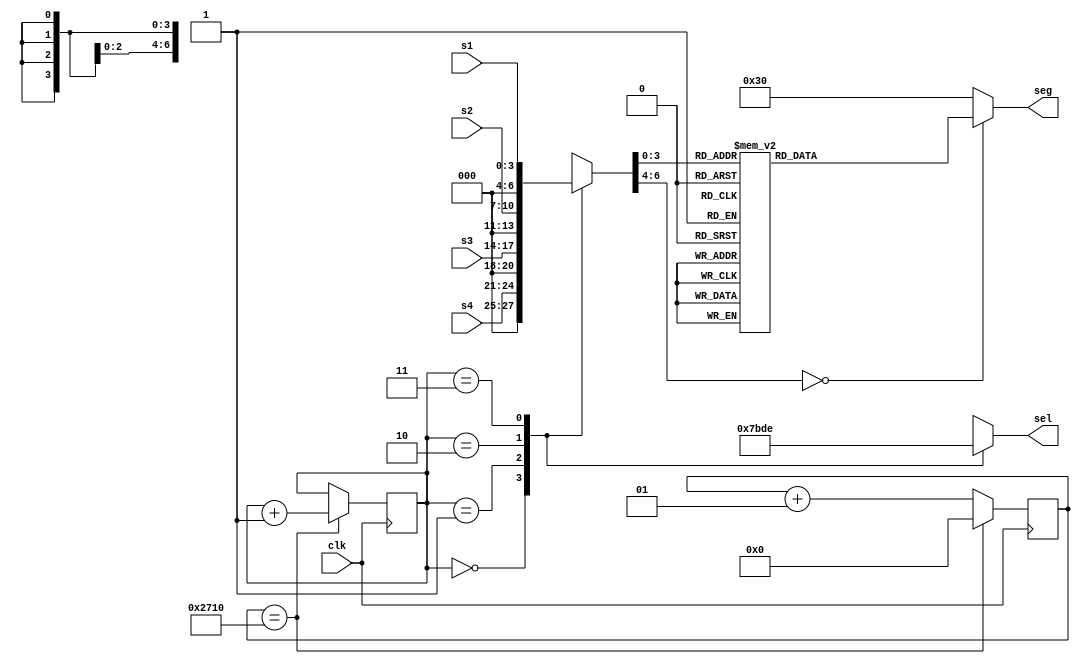


module segshow(clk, sel, seg,s4,s3,s2,s1);  
input clk;  
input [3:0] s4;
input [3:0] s3;
input [3:0] s2;
input [3:0] s1;
output reg [3:0] sel;  
output reg [6:0] seg;   //a~g,dp  
  
//:50Hz  
parameter update_interval = 10000;  
  
reg [7:0] dat;  
  
reg [1:0] cursel;  
integer selcnt;  
  
//  
always @(posedge clk)  
begin  
    selcnt <= selcnt + 1;  
          
    if (selcnt == update_interval)  
    begin  
        selcnt <= 0;  
        cursel <= cursel + 1;  
    end  
end  
  
//  
always @(*)  
begin  
    sel = 4'b0000;  
    case (cursel)  
        2'b00: begin dat = s4; sel = 4'b0111; end  
        2'b01: begin dat = s3; sel = 4'b1011; end  
        2'b10: begin dat = s2; sel = 4'b1101; end  
        2'b11: begin dat = s1; sel = 4'b1110; end  
    endcase  
end  
  
//  
always @(*)  
begin  
    case (dat[6:0])  
        7'h00   : seg[6:0] <= 7'b0000001;    //0  
        7'h01   : seg[6:0] <= 7'b1001111;    //1  
        7'h02   : seg[6:0] <= 7'b0010010;    //2  
        7'h03   : seg[6:0] <= 7'b0000110;    //3  
        7'h04   : seg[6:0] <= 7'b1001100;    //4  
        7'h05   : seg[6:0] <= 7'b0100100;    //5  
        7'h06   : seg[6:0] <= 7'b0100000;    //6  
        7'h07   : seg[6:0] <= 7'b0001111;    //7  
        7'h08   : seg[6:0] <= 7'b0000000;    //8  
        7'h09   : seg[6:0] <= 7'b0000100;    //9  
        default : seg[6:0] <= 7'b0110000;    //E-rror  
    endcase  
end  
      
endmodule